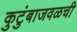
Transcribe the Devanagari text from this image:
कुटुंबाजवळची